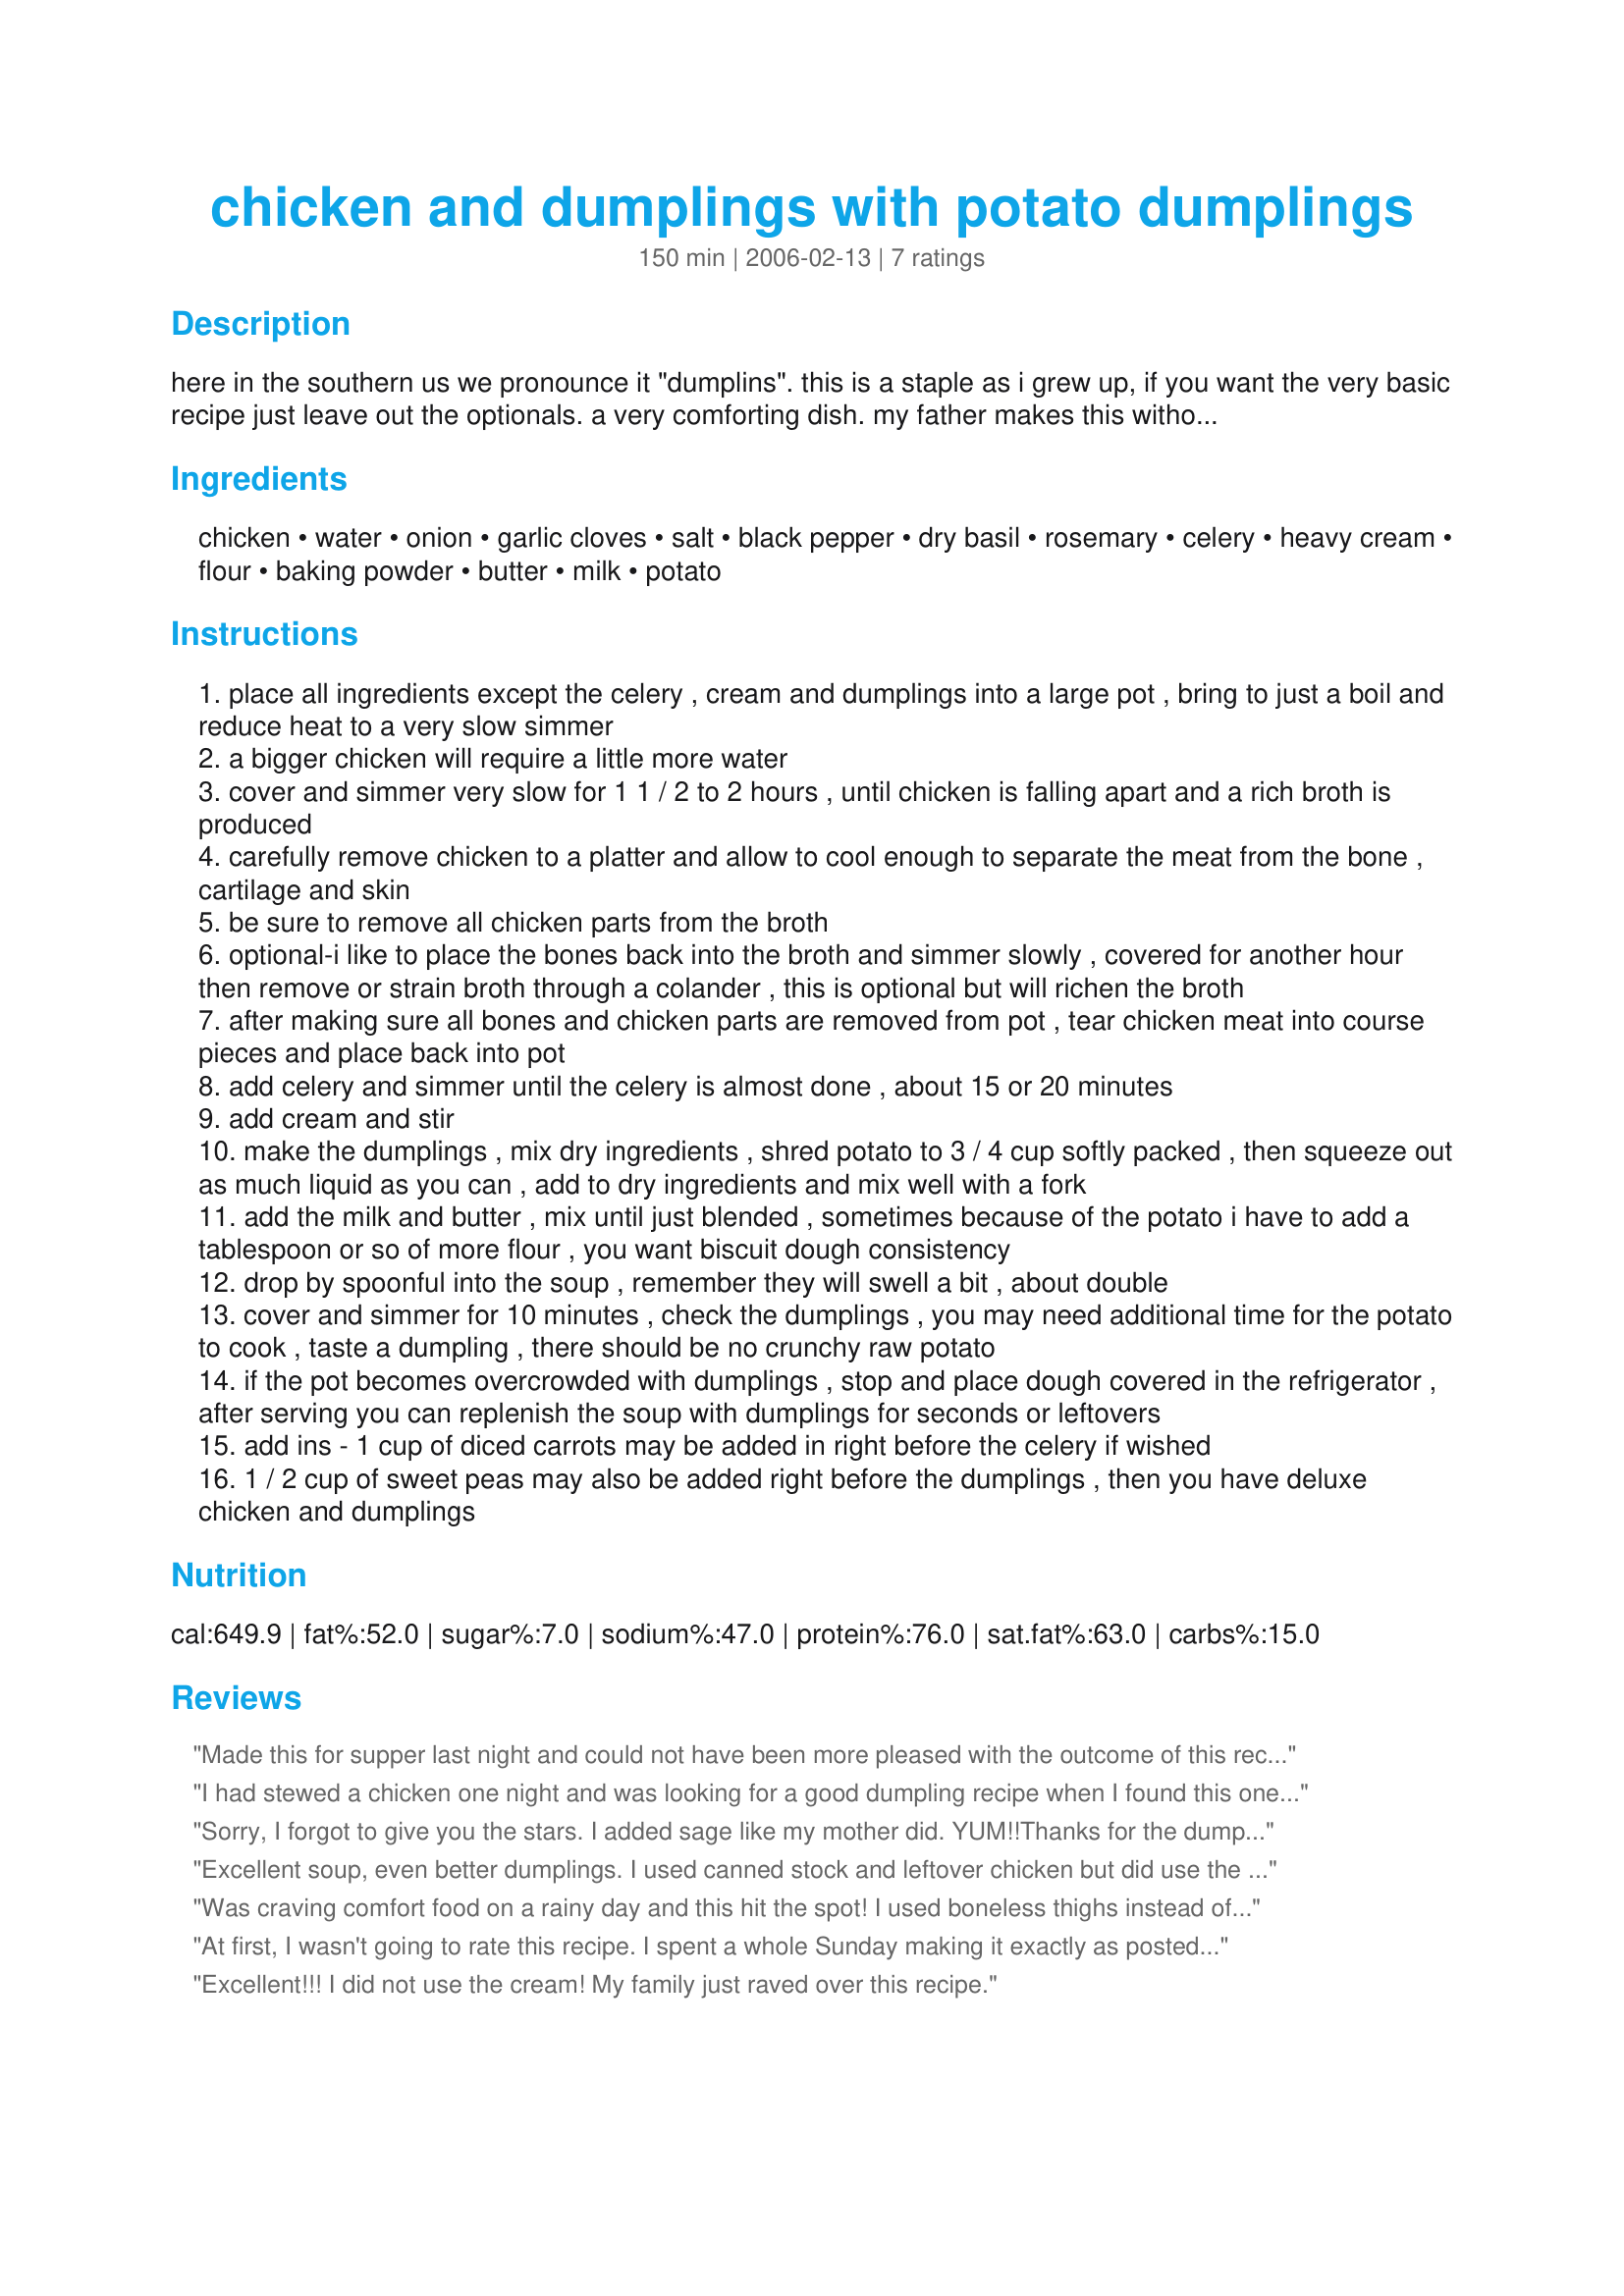
chicken and dumplings with potato dumplings
Preparation time: 150 minutes

here in the southern us we pronounce it "dumplins". this is a staple as i grew up, if you want the very basic recipe just leave out the optionals. a very comforting dish. my father makes this without the options and uses canned biscuits, which is what i grew up on.

Ingredients:
chicken, water, onion, garlic cloves, salt, black pepper, dry basil, rosemary, celery, heavy cream, flour, baking powder, butter, milk, potato

Steps:
place all ingredients except the celery , cream and dumplings into a large pot , bring to just a boil and reduce heat to a very slow simmer
a bigger chicken will require a little more water
cover and simmer very slow for 1 1 / 2 to 2 hours , until chicken is falling apart and a rich broth is produced
carefully remove chicken to a platter and allow to cool enough to separate the meat from the bone , cartilage and skin
be sure to remove all chicken parts from the broth
optional-i like to place the bones back into the broth and simmer slowly , covered for another hour then remove or strain broth through a colander , this is optional but will richen the broth
after making sure all bones and chicken parts are removed from pot , tear chicken meat into course pieces and place back into pot
add celery and simmer until the celery is almost done , about 15 or 20 minutes
add cream and stir
make the dumplings , mix dry ingredients , shred potato to 3 / 4 cup softly packed , then squeeze out as much liquid as you can , add to dry ingredients and mix well with a fork
add the milk and butter , mix until just blended , sometimes because of the potato i have to add a tablespoon or so of more flour , you want biscuit dough consistency
drop by spoonful into the soup , remember they will swell a bit , about double
cover and simmer for 10 minutes , check the dumplings , you may need additional time for the potato to cook , taste a dumpling , there should be no crunchy raw potato
if the pot becomes overcrowded with dumplings , stop and place dough covered in the refrigerator , after serving you can replenish the soup with dumplings for seconds or leftovers
add ins - 1 cup of diced carrots may be added in right before the celery if wished
1 / 2 cup of sweet peas may also be added right before the dumplings , then you have deluxe chicken and dumplings

Reviews:
Made this for supper last night and could not have been more pleased with the outcome of this recipe. It was delicious! I did not add the cream.
 I found after dropping the dumplings on top ,the soup did get a bit thicker. I did not add the shredded potatoto to the dumplings but did add carrot to the soup. Wonderful recipe. Thanks.
I had stewed a chicken one night and was looking for a good dumpling recipe when I found this one. I used some leftover mashed potatoes instead of the shredded and voila'...great dumplings! A keeper for sure.
Sorry, I forgot to give you the stars. <br/>I added sage like my mother did. YUM!!<br/>Thanks for the dumplin recipe!
Excellent soup, even better dumplings. I used canned stock and leftover chicken but did use the recipe spices (minus extra salt) and followed the rest to a deluxe T. We only used half the dumplings the first night - the next night I added corn & chopped tomatoes to the soup and served over the remaining dumplings (I mixed in some cheddar cheese with those). Two great meals - thank you very much!
Was craving comfort food on a rainy day and this hit the spot! I used boneless thighs instead of the whole chicken and put it in the crock pot instead of the stove and it was awesome and only took about 10mins of prep time! Thanks for the recipe!
At first, I wasn't going to rate this recipe. I spent a whole Sunday making it exactly as posted (Deluxe version, mind you!) and then thought, well it's ok **BUT** boy-o-boy, the next day, leftovers were absolutely delicious. Since I am still studying to be a Southerner, maybe this is the case with these kinds of recipes. But anyway, thanks for a keeper, Chip! I will be making this again. Loved the "dumplins" BTW!!
Excellent!!! I did not use the cream! My family just raved over this recipe.
